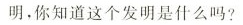
明，你知道这个发明是什么吗？